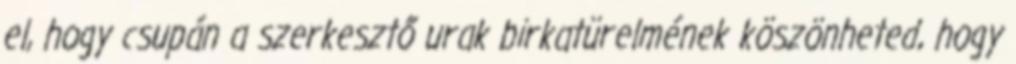
el, hogy csupán a szerkesztő urak birkatürelmének köszönheted, hogy